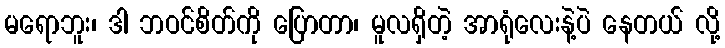
မရောဘူး၊ ဒါ ဘဝင်စိတ်ကို ပြောတာ၊ မူလရှိတဲ့ အာရုံလေးနဲ့ပဲ နေတယ် လို့